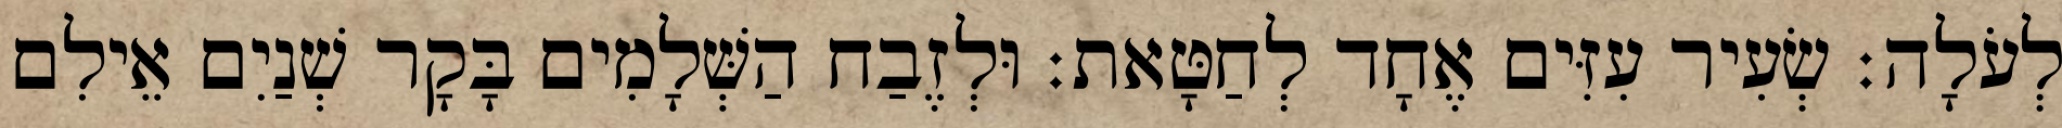
לְעֹלָה׃ שְׂעִיר עִזִּים אֶחָד לְחַטָּאת׃ וּלְזֶבַח הַשְּׁלָמִים בָּקָר שְׁנַיִם אֵילִם